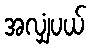
အလျှံပယ်